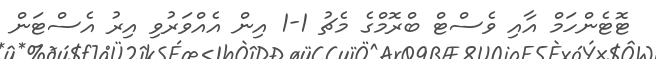
ޓޮޓެންހަމް އާއި ވެސްޓް ބްރޮމްގެ މެޗު 1-1 އިން އެއްވަރުވި އިރު އެސްޓަން